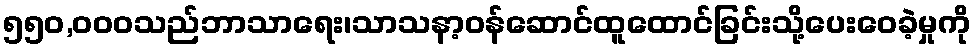
၅၅၀,၀၀၀သည်ဘာသာရေး၊သာသနာ့ဝန်ဆောင်ထူထောင်ခြင်းသို့ပေးဝေခဲ့မှုကို